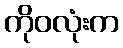
ကိုဝလုံးက